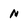
Character: N